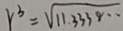
r ^ { 3 } = \sqrt { 1 1 . 3 3 3 8 \cdots }